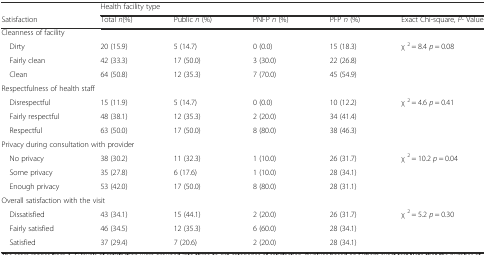
<table><thead><tr><td></td><td colspan="5"><b>Health facility type</b></td></tr><tr><td><b>Satisfaction</b></td><td><b>Total <i>n</i>(%)</b></td><td><b>Public <i>n</i> (%)</b></td><td><b>PNFP <i>n</i> (%)</b></td><td><b>PFP <i>n</i> (%)</b></td><td><b>Exact Chi-square, <i>P</i>- Value</b></td></tr></thead><tbody><tr><td colspan="5">Cleanness of facility</td><td></td></tr><tr><td> Dirty</td><td>20 (15.9)</td><td>5 (14.7)</td><td>0 (0.0)</td><td>15 (18.3)</td><td rowspan="3">χ <sup>2</sup> = 8.4 <i>p</i> = 0.08</td></tr><tr><td> Fairly clean</td><td>42 (33.3)</td><td>17 (50.0)</td><td>3 (30.0)</td><td>22 (26.8)</td></tr><tr><td> Clean</td><td>64 (50.8)</td><td>12 (35.3)</td><td>7 (70.0)</td><td>45 (54.9)</td></tr><tr><td colspan="5">Respectfulness of health staff</td><td></td></tr><tr><td> Disrespectful</td><td>15 (11.9)</td><td>5 (14.7)</td><td>0 (0.0)</td><td>10 (12.2)</td><td rowspan="3">χ <sup>2</sup> = 4.6 <i>p</i> = 0.41</td></tr><tr><td> Fairly respectful</td><td>48 (38.1)</td><td>12 (35.3)</td><td>2 (20.0)</td><td>34 (41.4)</td></tr><tr><td> Respectful</td><td>63 (50.0)</td><td>17 (50.0)</td><td>8 (80.0)</td><td>38 (46.3)</td></tr><tr><td colspan="5">Privacy during consultation with provider</td><td></td></tr><tr><td> No privacy</td><td>38 (30.2)</td><td>11 (32.3)</td><td>1 (10.0)</td><td>26 (31.7)</td><td rowspan="3">χ <sup>2</sup> = 10.2 <i>p</i> = 0.04</td></tr><tr><td> Some privacy</td><td>35 (27.8)</td><td>6 (17.6)</td><td>1 (10.0)</td><td>28 (34.1)</td></tr><tr><td> Enough privacy</td><td>53 (42.0)</td><td>17 (50.0)</td><td>8 (80.0)</td><td>28 (31.1)</td></tr><tr><td colspan="5">Overall satisfaction with the visit</td><td></td></tr><tr><td> Dissatisfied</td><td>43 (34.1)</td><td>15 (44.1)</td><td>2 (20.0)</td><td>26 (31.7)</td><td rowspan="3">χ <sup>2</sup> = 5.2 <i>p</i> = 0.30</td></tr><tr><td> Fairly satisfied</td><td>46 (34.5)</td><td>12 (35.3)</td><td>6 (60.0)</td><td>28 (34.1)</td></tr><tr><td> Satisfied</td><td>37 (29.4)</td><td>7 (20.6)</td><td>2 (20.0)</td><td>28 (34.1)</td></tr></tbody></table>